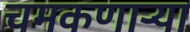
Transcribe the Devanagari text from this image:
चमकणार्‍या